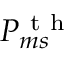
P _ { m s } ^ { \mathrm { ~ t ~ h ~ } }